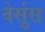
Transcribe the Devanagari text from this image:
वेर्सुस